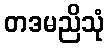
တဒမညိသုံ